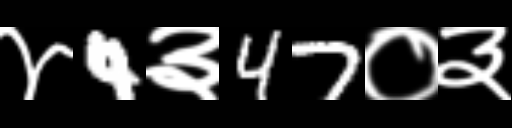
Text: ४4३47०३